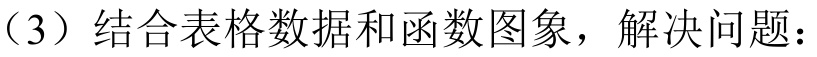
（3）结合表格数据和函数图象，解决问题：